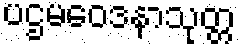
ပဌမဝေဒနာသုတ္တ